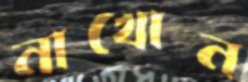
নাখোন